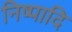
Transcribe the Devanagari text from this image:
निष्पादि